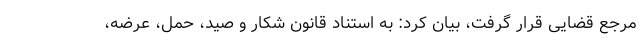
مرجع قضایی قرار گرفت، بیان کرد: به استناد قانون شکار و صید، حمل، عرضه،